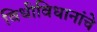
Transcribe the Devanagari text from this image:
विधीविधानांचे